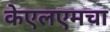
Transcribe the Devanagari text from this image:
केएलएमचा